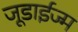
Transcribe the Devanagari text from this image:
जूडाईज्म